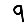
Digit: 9